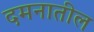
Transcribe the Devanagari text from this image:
दमनातील